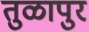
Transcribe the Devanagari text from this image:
तुळापुर